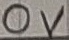
Text: 0V